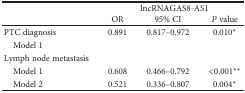
<table><thead><tr><td rowspan="2"></td><td colspan="3"><b>lncRNAGAS8-AS1</b></td></tr><tr><td><b>OR</b></td><td><b>95% CI</b></td><td><b><i>P</i> value</b></td></tr></thead><tbody><tr><td>PTC diagnosis</td><td>0.891</td><td>0.817–0.972</td><td>0.010<sup>∗</sup></td></tr><tr><td colspan="4"> Model 1</td></tr><tr><td>Lymph node metastasis</td><td></td><td></td><td></td></tr><tr><td> Model 1</td><td>0.608</td><td>0.466–0.792</td><td>&lt;0.001<sup>∗∗</sup></td></tr><tr><td> Model 2</td><td>0.521</td><td>0.336–0.807</td><td>0.004<sup>∗</sup></td></tr></tbody></table>